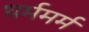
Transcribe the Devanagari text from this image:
धर्ममर्म